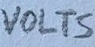
Text: VOLTS